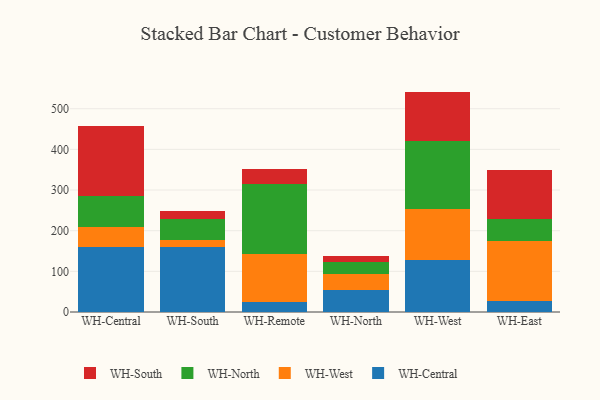
{"axis": {"x": "Warehouse", "y": "Operating Costs (USD K)"}, "legend": ["WH-Central", "WH-North", "WH-South", "WH-West"], "data": [{"x": "WH-Central", "y": 159.4, "type": "WH-Central"}, {"x": "WH-Central", "y": 50.1, "type": "WH-West"}, {"x": "WH-Central", "y": 77.0, "type": "WH-North"}, {"x": "WH-Central", "y": 170.9, "type": "WH-South"}, {"x": "WH-South", "y": 160.5, "type": "WH-Central"}, {"x": "WH-South", "y": 17.1, "type": "WH-West"}, {"x": "WH-South", "y": 50.6, "type": "WH-North"}, {"x": "WH-South", "y": 20.4, "type": "WH-South"}, {"x": "WH-Remote", "y": 25.1, "type": "WH-Central"}, {"x": "WH-Remote", "y": 118.7, "type": "WH-West"}, {"x": "WH-Remote", "y": 171.0, "type": "WH-North"}, {"x": "WH-Remote", "y": 37.5, "type": "WH-South"}, {"x": "WH-North", "y": 52.9, "type": "WH-Central"}, {"x": "WH-North", "y": 40.8, "type": "WH-West"}, {"x": "WH-North", "y": 29.3, "type": "WH-North"}, {"x": "WH-North", "y": 13.6, "type": "WH-South"}, {"x": "WH-West", "y": 129.0, "type": "WH-Central"}, {"x": "WH-West", "y": 124.3, "type": "WH-West"}, {"x": "WH-West", "y": 168.0, "type": "WH-North"}, {"x": "WH-West", "y": 120.8, "type": "WH-South"}, {"x": "WH-East", "y": 27.6, "type": "WH-Central"}, {"x": "WH-East", "y": 147.5, "type": "WH-West"}, {"x": "WH-East", "y": 52.6, "type": "WH-North"}, {"x": "WH-East", "y": 120.9, "type": "WH-South"}]}